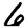
Digit: 6